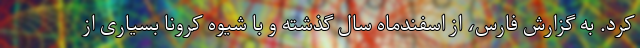
کرد. به گزارش فارس، از اسفندماه سال گذشته و با شیوه کرونا بسیاری از